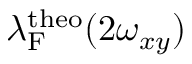
\lambda _ { \mathrm { F } } ^ { \mathrm { t h e o } } ( 2 \omega _ { x y } )